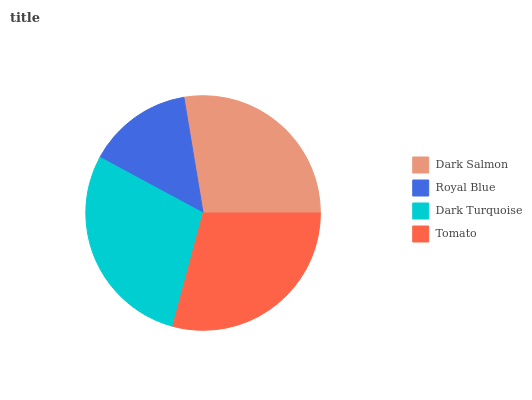
| Dark Salmon | Royal Blue | Dark Turquoise | Tomato |
 | --- | --- | --- | --- |
 | 27.7% | 14.5% | 28.7% | 29.1% |